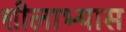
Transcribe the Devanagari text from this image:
शीलाभ्यास